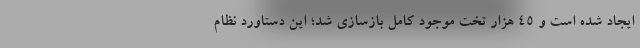
ایجاد شده است و ۴۵ هزار تخت موجود کامل بازسازی شد؛ این دستاورد نظام